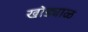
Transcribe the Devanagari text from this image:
खोड्याळ